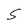
Character: 5